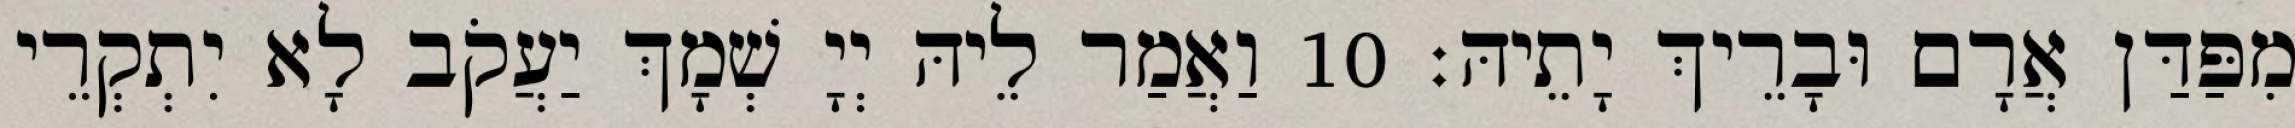
מִפַּדַּן אֲרָם וּבָרֵיךְ יָתֵיהּ׃ 10 וַאֲמַר לֵיהּ יְיָ שְׁמָךְ יַעֲקֹב לָא יִתְקְרֵי